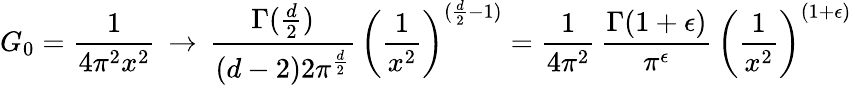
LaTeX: G_{0}=\frac{1}{4\pi^{2}x^{2}}\, \rightarrow\, \frac{\Gamma(\frac{d}{2})}{(d-2)2\pi^{\frac{d}{2}}}\, \biggl(\frac{1}{x^{2}}\biggr)^{(\frac{d}{2}-1)}=\frac{1}{4\pi^{2}}\, \frac{\Gamma(1+\epsilon)}{\pi^{\epsilon}}\, \biggl(\frac{1}{x^{2}}\biggr)^{(1+\epsilon)}